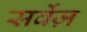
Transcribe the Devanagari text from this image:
सर्वेज़